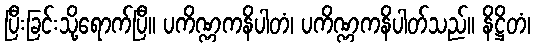
ပြီးခြင်းသို့ရောက်ပြီ။ ပကိဏ္ဏကနိပါတံ၊ ပကိဏ္ဏကနိပါတ်သည်။ နိဋ္ဌိတံ၊